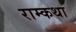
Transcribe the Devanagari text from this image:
राम्कथा